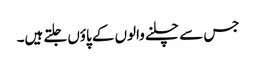
جس سے چلنے والوں کے پاؤں جلتے ہیں۔